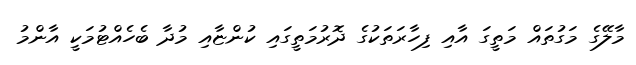
މާލޭގެ މަގުތައް މަތީގަ އާއި ފިހާރަތަކުގެ ދޮރުމަތީގައި ކުންޏާއި މުދާ ބެހެއްޓުމަކީ އާންމު